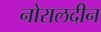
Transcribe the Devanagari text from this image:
नोरालदीन